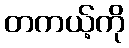
တကယ့်ကို